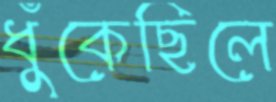
ধুঁকেছিলে